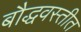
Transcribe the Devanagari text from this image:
बौद्धवस्तीत